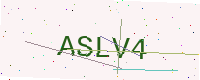
Text: ASLV4